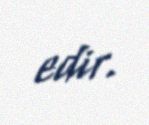
edir.